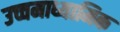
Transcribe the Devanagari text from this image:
उच्चमाध्यामिक